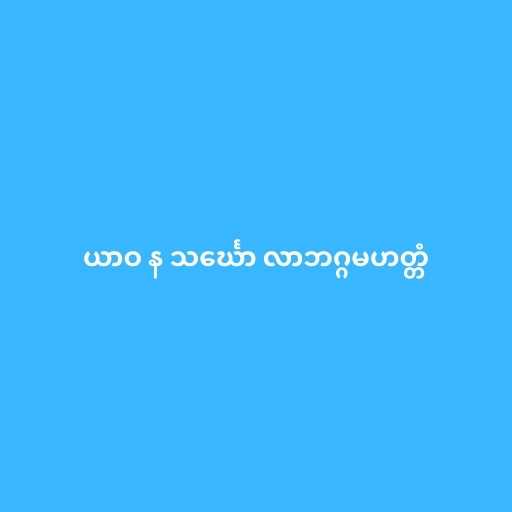
ယာဝ န သင်္ဃော လာဘဂ္ဂမဟတ္တံ